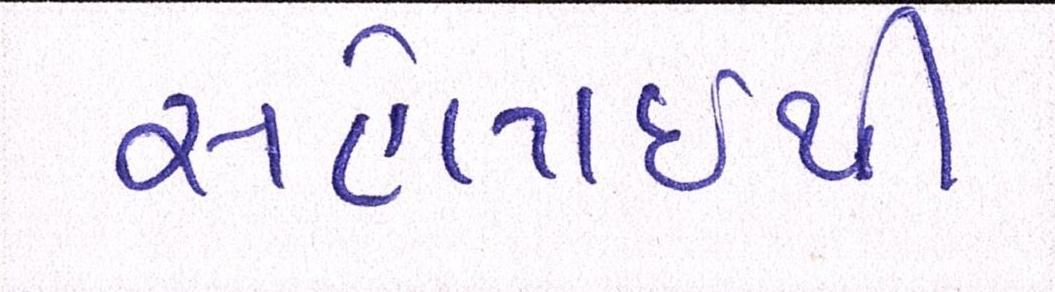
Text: સહેલાઇથી